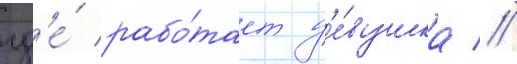
гд'е́ рабо́тает д'е́вушка //